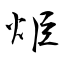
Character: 烥